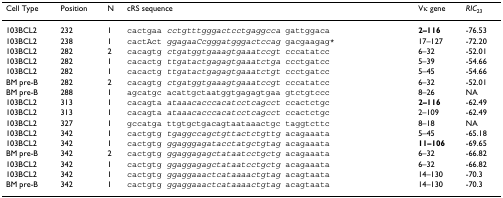
| Cell Type | Position | N | cRS sequence | Vκ gene | RIC23 |
 | --- | --- | --- | --- | --- | --- |
 | 103BCL2 | 232 | 1 | cactgaa cctgtttgggactcctgaggcca gattggaca | 2–116 | -76.53 |
 | 103BCL2 | 238 | 1 | cactAct ggagaaCcgggatgggactccag gacgaagag* | 17–127 | -72.20 |
 | 103BCL2 | 282 | 2 | cacagtg ctgatggtgaaagtgaaatccgt cccatatcc | 6–32 | -52.01 |
 | 103BCL2 | 282 | 1 | cacactg ttgatactgagagtgaaatctga ccctgatcc | 5–39 | -54.66 |
 | 103BCL2 | 282 | 1 | cacactg ttgatactgagagtgaaatctgt ccctgatcc | 5–45 | -54.66 |
 | BM pre-B | 282 | 2 | cacagtg ctgatggtgaaagtgaaatccgt cccatatcc | 6–32 | -52.01 |
 | BM pre-B | 288 | 1 | agcatgc acattgctaatggtgagagtgaa gtctgtccc | 8–26 | NA |
 | 103BCL2 | 313 | 1 | cacagta ataaacacccacatcctcagcct ccactctgc | 2–116 | -62.49 |
 | 103BCL2 | 313 | 1 | cacagta ataaacacccacatcctcagcct ccactctgc | 2–109 | -62.49 |
 | 103BCL2 | 327 | 1 | gccatga ttgtgctgacagtaataaactgc taggtcttc | 8–18 | NA |
 | 103BCL2 | 342 | 1 | cactgtg tgaggccagctgttactctgttg acagaaata | 5–45 | -65.18 |
 | 103BCL2 | 342 | 1 | cactgtg ggagggagatacctatgctgtag acagaaata | 11–106 | -69.65 |
 | BM pre-B | 342 | 2 | cactgtg ggaggagagctataatcctgctg acagaaata | 6–32 | -66.82 |
 | 103BCL2 | 342 | 1 | cactgtg ggaggagagctataatcctgctg acagaaata | 6–32 | -66.82 |
 | 103BCL2 | 342 | 1 | cactgtg ggaggaaactcataaaactgtag acagtaata | 14–130 | -70.3 |
 | BM pre-B | 342 | 1 | cactgtg ggaggaaactcataaaactgtag acagtaata | 14–130 | -70.3 |